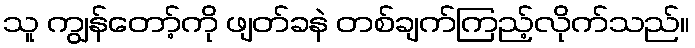
သူ ကျွန်တော့်ကို ဖျတ်ခနဲ တစ်ချက်ကြည့်လိုက်သည်။